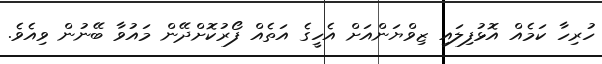
ހުރިހާ ކަމެއް އޮޅުފިލައި ޒިވްޔަންއަށް އެހީގެ އަތެއް ފޯރުކޮށްދޭން މައުވާ ބޭނުން ވިއެވެ.